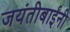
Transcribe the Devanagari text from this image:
जयंतीबाईंनी